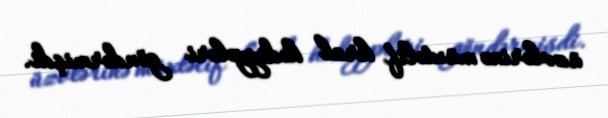
üzvlərinə müxtəlif kral hədiyyələri göndərmişdi.